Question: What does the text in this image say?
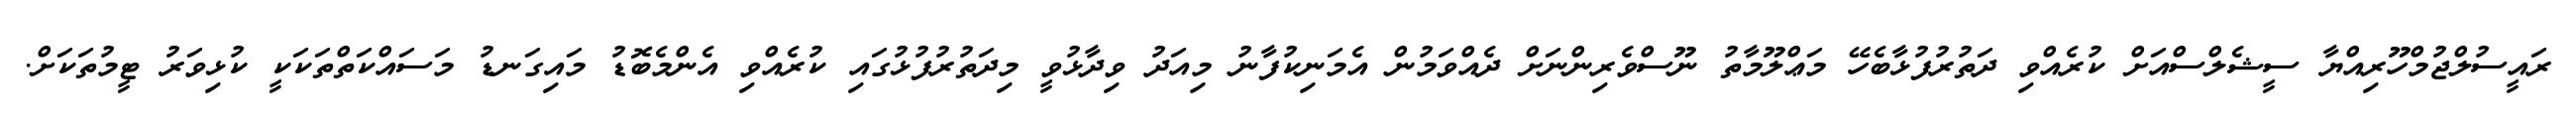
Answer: ރައީސުލްޖުމްހޫރިއްޔާ ސީޝެލްސްއަށް ކުރެއްވި ދަތުރުފުޅާބެހޭ މަޢްލޫމާތު ނޫސްވެރިންނަށް ދެއްވަމުން އެމަނިކުފާނު މިއަދު ވިދާޅުވީ މިދަތުރުފުޅުގައި ކުރެއްވި އެންމެބޮޑު މައިގަނޑު މަސައްކަތްތަކަކީ ކުޅިވަރު ޓީމުތަކަށް.